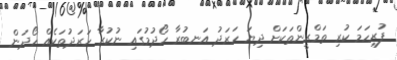
ފުރިހަމަ ކުރި ތަމްރީންތަކަށް ދިޔަ ހަރަދު އަނބުރާ ހޯދުމުގައި ނުކުރާ ހަރަދުތަކެއް ހޯދަން